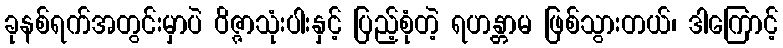
ခုနစ်ရက်အတွင်းမှာပဲ ဝိဇ္ဇာသုံးပါးနှင့် ပြည့်စုံတဲ့ ရဟန္တာမ ဖြစ်သွားတယ်၊ ဒါကြောင့်